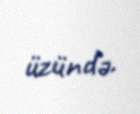
üzündə.